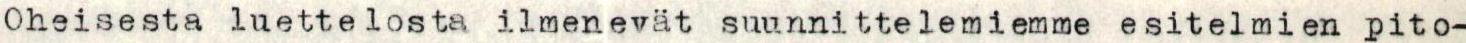
Oheisesta luettelosta ilmenevät suunnittelemiemme esitelmien pito-